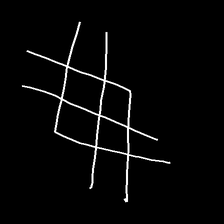
Glyph: crystal